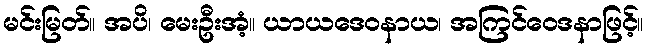
မင်းမြတ်။ အပိ၊ မေးဦးအံ့။ ယာယဒေဝနာယ၊ အကြင်ဝေဒနာဖြင့်။